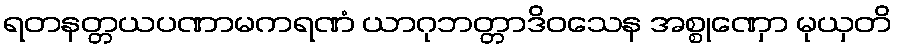
ရတနတ္တယပဏာမကရဏံ ယာဂုဘတ္တာဒိဝသေန အစ္စုဏှော မုယှတိ